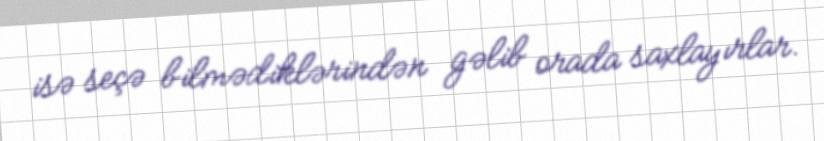
isə seçə bilmədiklərindən gəlib orada saxlayırlar.